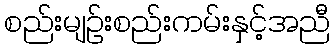
စည်းမျဉ်းစည်းကမ်းနှင့်အညီ